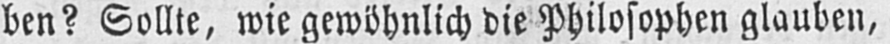
ben? Sollte, wie gewöhnlich diePhilosophen glauben,